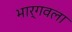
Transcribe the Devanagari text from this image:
भार्गवला